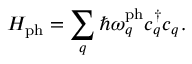
H _ { \mathrm { p h } } = \sum _ { q } \hbar \omega _ { q } ^ { \mathrm { p h } } { c _ { q } ^ { \dagger } } c _ { q } ^ { \phantom { \dagger } } .